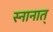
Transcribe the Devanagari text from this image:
स्नानात्